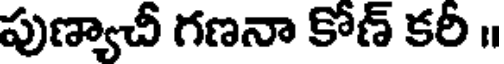
పుణ్యాచీ గణనా కోణ్ కరీ ॥